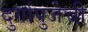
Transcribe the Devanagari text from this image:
दुर्गापुजेची